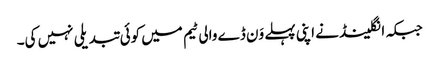
جبکہ انگلینڈ نے اپنی پہلے وَن ڈے والی ٹیم میں کوئی تبدیلی نہیں کی۔